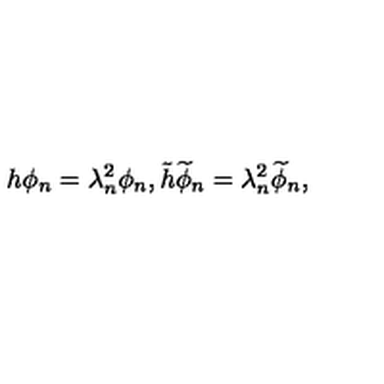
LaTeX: h \phi _ { n } = \lambda _ { n } ^ { 2 } \phi _ { n } , \tilde { h } \widetilde { \phi } _ { n } = \lambda _ { n } ^ { 2 } \widetilde { \phi } _ { n } ,